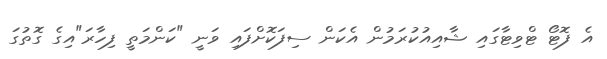
އެ ފޮޓޯ ޓްވިޓާގައި ޝާއިއުކުރަމުން އެކަން ސިފަކޮށްފައި ވަނީ "ކަންމަތީ ފިހާރަ"އިގެ ގޮތުގަ